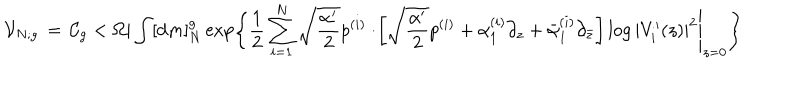
{ \cal V } _ { N ; g } \, = \, { \cal C } _ { g } < \Omega | \int [ { \mathrm { d } } m ] _ { N } ^ { g } \exp \left\{ \frac { 1 } { 2 } \sum _ { i = 1 } ^ { N } \sqrt { \frac { \alpha ^ { \prime } } { 2 } } p ^ { ( i ) } \cdot \left. \! \left[ \sqrt { \frac { \alpha ^ { \prime } } { 2 } } p ^ { ( i ) } + { \alpha } _ { 1 } ^ { ( i ) } \partial _ { z } + \bar { \alpha } _ { 1 } ^ { ( i ) } \partial _ { \bar { z } } \right] \log | V _ { i } ^ { \prime } ( z ) | ^ { 2 } \right| _ { z = 0 } \right\}